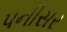
પનીસર